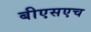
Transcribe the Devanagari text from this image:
बीएसएच